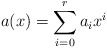
\begin{align*}a(x)=\sum_{i=0}^r a_ix^i\end{align*}